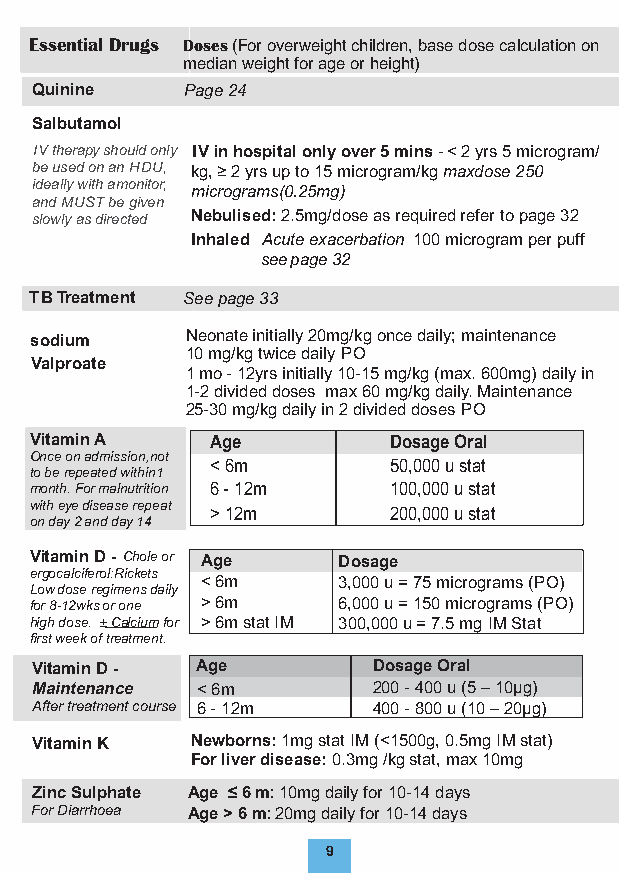
Essential Drugs Doses (For overweight children, base dose calculation on
 medianweight for age or height)
 Quinine   Page 24
 Salbutamol
 IV therapy should only IV in hospital only over 5 mins - < 2 yrs 5 microgram/
 be used on an HDU, kg, ≥ 2 yrs up to 15 microgram/kg max d ose 250
 ideally with a m onitor, micrograms( 0.25mg)
 and MUST be given
 slowly as directed Nebulised: 2.5mg/dose as required refer to page 32
 Inhaled Acute exacerbation 100 microgram per puff
 see page 32
 TB Treatment See page 33
 sodium    Neonate initially 20mg/kg once daily; maintenance
 10 mg/kg twice daily PO
 Valproate
 1 mo - 12yrs initially 10-15 mg/kg (max. 600mg) daily in
 1-2 divided doses max 60 mg/kg daily. Maintenance
 25-30 mg/kg daily in 2 divided doses PO
 Vitamin A   Age         Dosage Oral
 Once on admission, not
 < 6m        50,000 u stat
 to be repeated within1
 month. For malnutrition 6 - 12m 100,000 u stat
 with eye disease repeat > 12m 200,000 u stat
 on day 2 and day 14
 Vitamin D - Chole or Age Dosage
 ergocalciferol:R ickets
 < 6m     3,000 u = 75 micrograms (PO)
 Low dose regimens daily
 for 8 - 12w ks or one > 6m 6,000 u = 150 micrograms (PO)
 high dose. ± Calcium for > 6m stat IM 300,000 u = 7.5 mg IM Stat
 first week of treatment.
 Vitamin D - Age        Dosage Oral
 Maintenance < 6m       200 - 400 u (5 – 10μ g)
 After treatment course 6 - 12m 400 - 800 u (10 – 20μ g)
 Vitamin K  Newborns: 1mg stat IM (<1500g, 0.5mg IM stat)
 For liver disease: 0.3mg /kg stat, max 10mg
 Zinc Sulphate Age ≤ 6 m: 10mg daily for 10-14 days
 For Diarrhoea Age > 6 m: 20mg daily for 10-14 days
 9